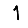
Digit: 1